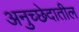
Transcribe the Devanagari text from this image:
अनुच्छेदातील